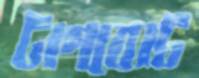
টাগবোট